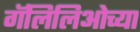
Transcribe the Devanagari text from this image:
गॅलिलिओच्या